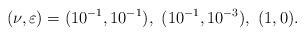
LaTeX: \begin{align*}(\nu,\varepsilon)=(10^{-1}, 10^{-1}),\ (10^{-1}, 10^{-3}),\ (1, 0).\end{align*}